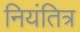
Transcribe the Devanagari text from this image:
नियंतित्र